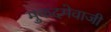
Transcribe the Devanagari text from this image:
मुकदमेवाजी